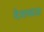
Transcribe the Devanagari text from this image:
देशवाळ